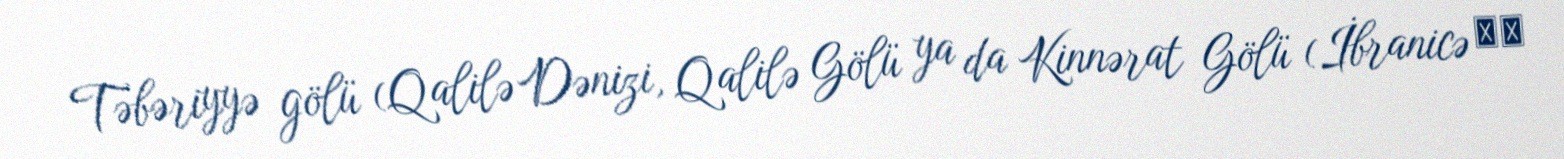
Təbəriyyə gölü (Qalilə Dənizi, Qalilə Gölü ya da Kinnərat Gölü (İbranicə ים